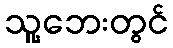
သူ့ဘေးတွင်